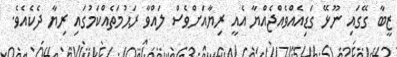
ޒީބާ ގޭގައި ނޫޅޭ ގަޑިއެއްވެއްޖެއްޔާ އެއީ ރިޔާއަށްވެސް ލައްވާ ރަޙުމަތެއްކަމުގައި ރިޔާ ދެކެއެވެ.